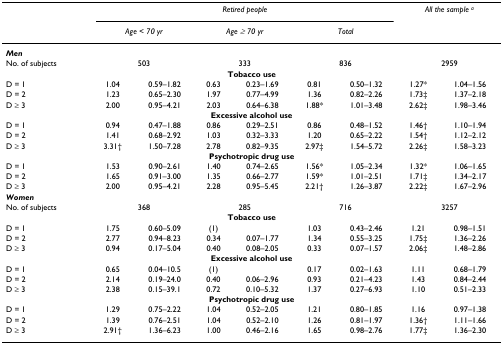
<table><thead><tr><td></td><td colspan="6"><b><i>Retired people</i></b></td><td colspan="2"><b><i>All the sample </i><sup><i>a</i></sup></b></td></tr><tr><td></td><td colspan="2"><b><i>Age &lt; 70 yr</i></b></td><td colspan="2"><b><i>Age ≥ 70 yr</i></b></td><td colspan="2"><b><i>Total</i></b></td><td></td><td></td></tr></thead><tbody><tr><td><b><i>Men</i></b></td><td></td><td></td><td></td><td></td><td></td><td></td><td></td><td></td></tr><tr><td>No. of subjects</td><td colspan="2">503</td><td colspan="2">333</td><td colspan="2">836</td><td colspan="2">2959</td></tr><tr><td colspan="9"><b>Tobacco use</b></td></tr><tr><td>D = 1</td><td>1.04</td><td>0.59–1.82</td><td>0.63</td><td>0.23–1.69</td><td>0.81</td><td>0.50–1.32</td><td>1.27*</td><td>1.04–1.56</td></tr><tr><td>D = 2</td><td>1.23</td><td>0.65–2.30</td><td>1.97</td><td>0.77–4.99</td><td>1.36</td><td>0.82–2.26</td><td>1.73‡</td><td>1.37–2.18</td></tr><tr><td>D ≥ 3</td><td>2.00</td><td>0.95–4.21</td><td>2.03</td><td>0.64–6.38</td><td>1.88*</td><td>1.01–3.48</td><td>2.62‡</td><td>1.98–3.46</td></tr><tr><td colspan="9"><b>Excessive alcohol use</b></td></tr><tr><td>D = 1</td><td>0.94</td><td>0.47–1.88</td><td>0.86</td><td>0.29–2.51</td><td>0.86</td><td>0.48–1.52</td><td>1.46†</td><td>1.10–1.94</td></tr><tr><td>D = 2</td><td>1.41</td><td>0.68–2.92</td><td>1.03</td><td>0.32–3.33</td><td>1.20</td><td>0.65–2.22</td><td>1.54†</td><td>1.12–2.12</td></tr><tr><td>D ≥ 3</td><td>3.31†</td><td>1.50–7.28</td><td>2.78</td><td>0.82–9.35</td><td>2.97‡</td><td>1.54–5.72</td><td>2.26‡</td><td>1.58–3.23</td></tr><tr><td colspan="9"><b>Psychotropic drug use</b></td></tr><tr><td>D = 1</td><td>1.53</td><td>0.90–2.61</td><td>1.40</td><td>0.74–2.65</td><td>1.56*</td><td>1.05–2.34</td><td>1.32*</td><td>1.06–1.65</td></tr><tr><td>D = 2</td><td>1.65</td><td>0.91–3.00</td><td>1.35</td><td>0.66–2.77</td><td>1.59*</td><td>1.01–2.51</td><td>1.71‡</td><td>1.34–2.17</td></tr><tr><td>D ≥ 3</td><td>2.00</td><td>0.95–4.21</td><td>2.28</td><td>0.95–5.45</td><td>2.21†</td><td>1.26–3.87</td><td>2.22‡</td><td>1.67–2.96</td></tr><tr><td><b><i>Women</i></b></td><td></td><td></td><td></td><td></td><td></td><td></td><td></td><td></td></tr><tr><td>No. of subjects</td><td colspan="2">368</td><td colspan="2">285</td><td colspan="2">716</td><td colspan="2">3257</td></tr><tr><td colspan="9"><b>Tobacco use</b></td></tr><tr><td>D = 1</td><td>1.75</td><td>0.60–5.09</td><td>(1)</td><td></td><td>1.03</td><td>0.43–2.46</td><td>1.21</td><td>0.98–1.51</td></tr><tr><td>D = 2</td><td>2.77</td><td>0.94–8.23</td><td>0.34</td><td>0.07–1.77</td><td>1.34</td><td>0.55–3.25</td><td>1.75‡</td><td>1.36–2.26</td></tr><tr><td>D ≥ 3</td><td>0.94</td><td>0.17–5.04</td><td>0.40</td><td>0.08–2.05</td><td>0.33</td><td>0.07–1.57</td><td>2.06‡</td><td>1.48–2.86</td></tr><tr><td colspan="9"><b>Excessive alcohol use</b></td></tr><tr><td>D = 1</td><td>0.65</td><td>0.04–10.5</td><td>(1)</td><td></td><td>0.17</td><td>0.02–1.63</td><td>1.11</td><td>0.68–1.79</td></tr><tr><td>D = 2</td><td>2.14</td><td>0.19–24.0</td><td>0.40</td><td>0.06–2.96</td><td>0.93</td><td>0.21–4.23</td><td>1.43</td><td>0.84–2.44</td></tr><tr><td>D ≥ 3</td><td>2.38</td><td>0.15–39.1</td><td>0.72</td><td>0.10–5.32</td><td>1.37</td><td>0.27–6.93</td><td>1.10</td><td>0.51–2.33</td></tr><tr><td colspan="9"><b>Psychotropic drug use</b></td></tr><tr><td>D = 1</td><td>1.29</td><td>0.75–2.22</td><td>1.04</td><td>0.52–2.05</td><td>1.21</td><td>0.80–1.85</td><td>1.16</td><td>0.97–1.38</td></tr><tr><td>D = 2</td><td>1.39</td><td>0.76–2.51</td><td>1.04</td><td>0.52–2.10</td><td>1.26</td><td>0.81–1.97</td><td>1.36†</td><td>1.11–1.66</td></tr><tr><td>D ≥ 3</td><td>2.91†</td><td>1.36–6.23</td><td>1.00</td><td>0.46–2.16</td><td>1.65</td><td>0.98–2.76</td><td>1.77‡</td><td>1.36–2.30</td></tr></tbody></table>